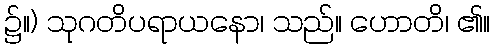
၌။) သုဂတိပရာယနော၊ သည်။ ဟောတိ၊ ၏။